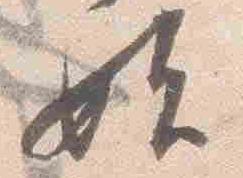
始